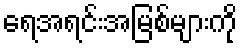
ရေအရင်းအမြစ်များကို